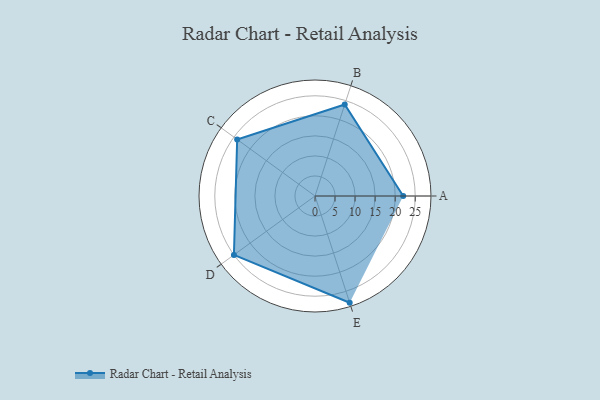
{"axis": {"x": "Skill", "y": "Score"}, "legend": ["Profile"], "data": [{"x": "A", "y": 22.0, "type": "Profile"}, {"x": "B", "y": 24.0, "type": "Profile"}, {"x": "C", "y": 24.0, "type": "Profile"}, {"x": "D", "y": 25.0, "type": "Profile"}, {"x": "E", "y": 28.0, "type": "Profile"}]}